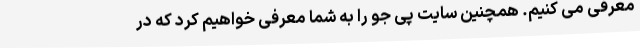
معرفی می کنیم. همچنین سایت پی جو را به شما معرفی خواهیم کرد که در